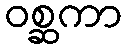
ဝစ္ဆကာ